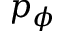
p _ { \phi }